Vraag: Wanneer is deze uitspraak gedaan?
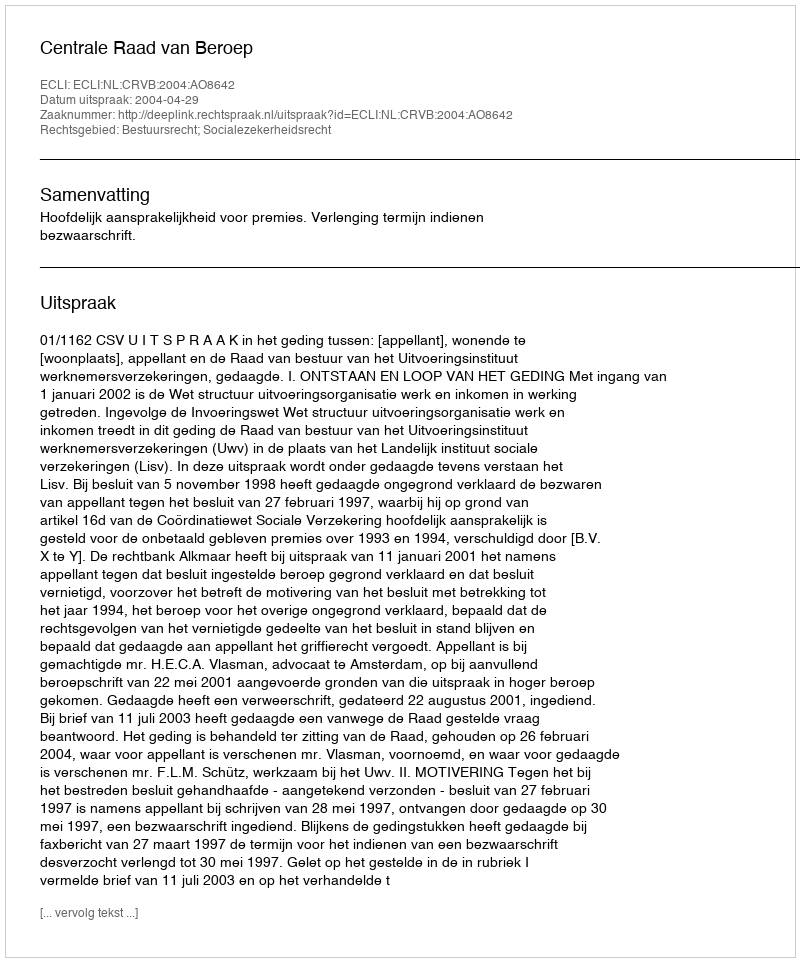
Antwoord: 2004-04-29